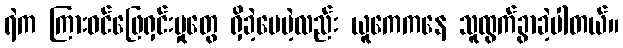
ရဲက ကြားဝင်ဖြေရှင်းမှုတွေ ရှိခဲ့ပေမဲ့လည်း ယူကေကနေ သူထွက်ခွာခဲ့ပါတယ်။